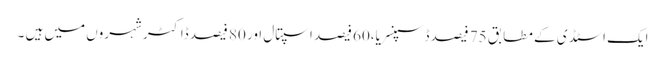
ایک اسٹڈی کے مطابق 75 فیصد ڈسپنسریا،60 فیصد اسپتال اور 80 فیصد ڈاکٹر شہروں میں ہیں ۔